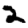
Digit: 2